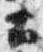
土